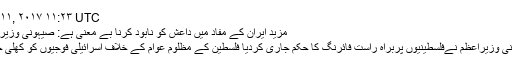
Jan ۱۱, ۲۰۱۷ ۱۱:۲۳ UTC
مزید ایران کے مفاد میں داعش کو نابود کرنا بے معنی ہے: صیہونی وزیر اعظم
صیہونی وزیراعظم نےفلسطینیوں پربراہ راست فائرنگ کا حکم جاری کردیا فلسطین کے مظلوم عوام کے خلاف اسرائیلی فوجیوں کو کھلی چھوٹ